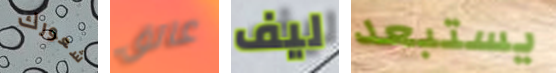
شعورك عاتق ليف يستبعد